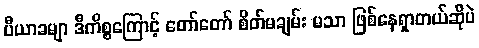
ပီယာခမျာ ဒီကိစ္စကြောင့် တော်တော် စိတ်မချမ်း မသာ ဖြစ်နေရှာတယ်ဆိုပဲ